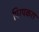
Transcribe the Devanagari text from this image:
पिरपकरा